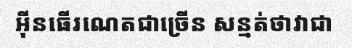
អ៊ីនធើរណេតជាច្រើន សន្មត់ថាវាជា